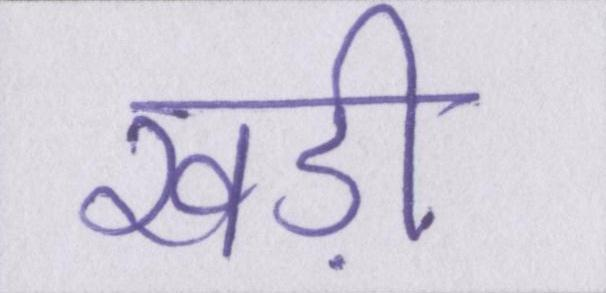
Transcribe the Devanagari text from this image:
खड़ी